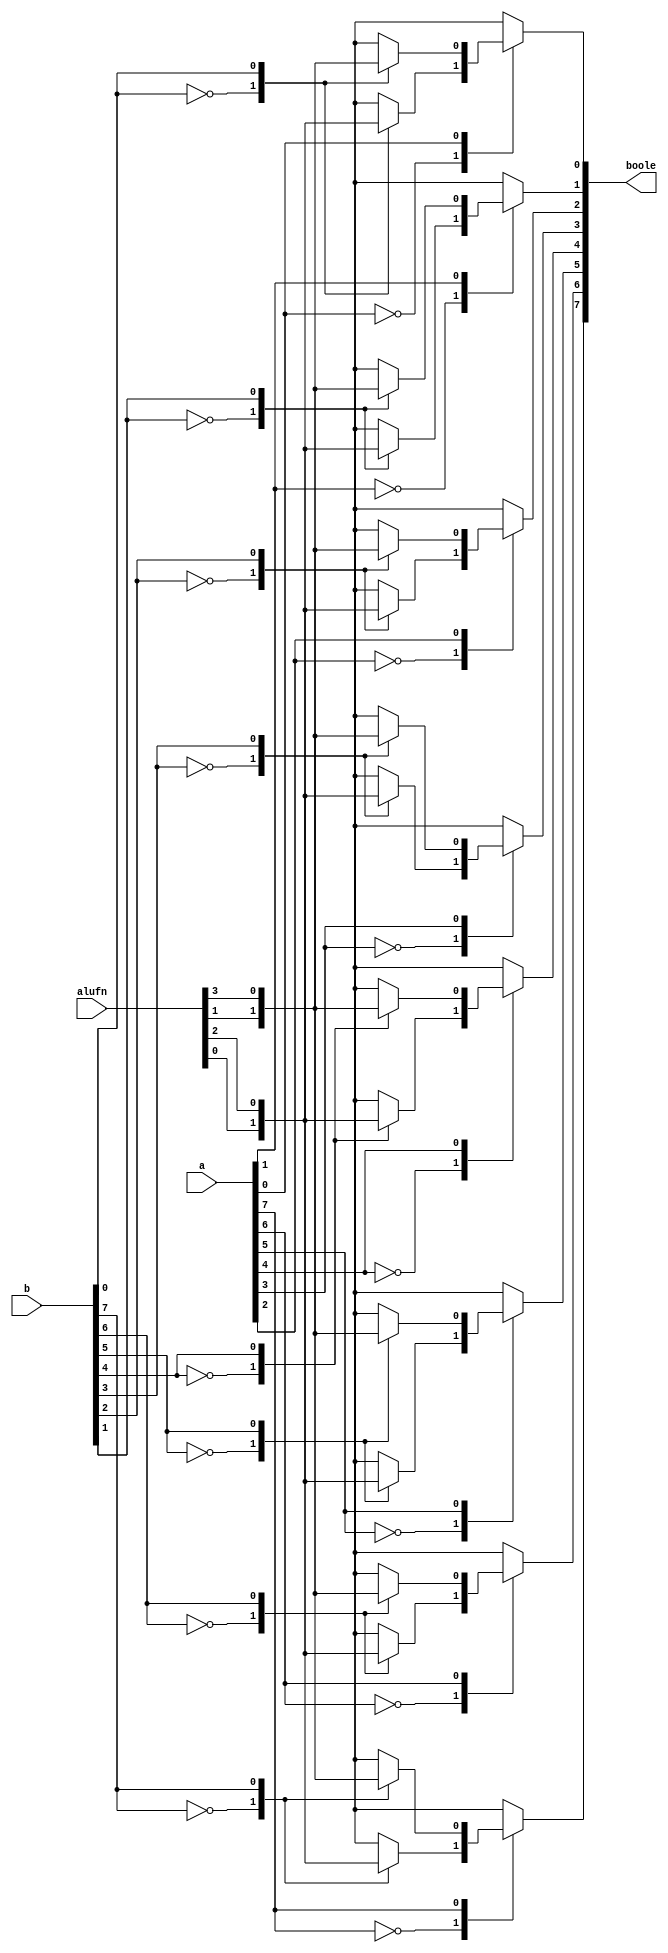
module boole_4 (
    input [5:0] alufn,
    input [7:0] a,
    input [7:0] b,
    output reg [7:0] boole
  );
  
  
  
  integer i;
  
  always @* begin
    boole = 1'h0;
    for (i = 1'h0; i < 4'h8; i = i + 1) begin
      
      case (a[(i)*1+0-:1])
        1'h0: begin
          
          case (b[(i)*1+0-:1])
            1'h0: begin
              boole[(i)*1+0-:1] = alufn[0+0-:1];
            end
            1'h1: begin
              boole[(i)*1+0-:1] = alufn[2+0-:1];
            end
          endcase
        end
        1'h1: begin
          
          case (b[(i)*1+0-:1])
            1'h0: begin
              boole[(i)*1+0-:1] = alufn[1+0-:1];
            end
            1'h1: begin
              boole[(i)*1+0-:1] = alufn[3+0-:1];
            end
          endcase
        end
      endcase
    end
  end
endmodule